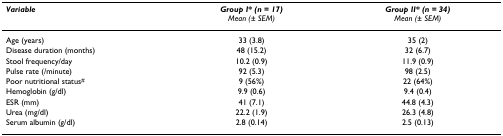
<table><thead><tr><td><b><i>Variable</i></b></td><td><b><i>Group I* (n = 17) </i><i>Mean (± SEM)</i></b></td><td><b><i>Group II* (n = 34) </i><i>Mean (± SEM)</i></b></td></tr></thead><tbody><tr><td>Age (years)</td><td>33 (3.8)</td><td>35 (2)</td></tr><tr><td>Disease duration (months)</td><td>48 (15.2)</td><td>32 (6.7)</td></tr><tr><td>Stool frequency/day</td><td>10.2 (0.9)</td><td>11.9 (0.9)</td></tr><tr><td>Pulse rate (/minute)</td><td>92 (5.3)</td><td>98 (2.5)</td></tr><tr><td>Poor nutritional status<sup>#</sup></td><td>9 (56%)</td><td>22 (64%)</td></tr><tr><td>Hemoglobin (g/dl)</td><td>9.9 (0.6)</td><td>9.4 (0.4)</td></tr><tr><td>ESR (mm)</td><td>41 (7.1)</td><td>44.8 (4.3)</td></tr><tr><td>Urea (mg/dl)</td><td>22.2 (1.9)</td><td>26.3 (4.8)</td></tr><tr><td>Serum albumin (g/dl)</td><td>2.8 (0.14)</td><td>2.5 (0.13)</td></tr></tbody></table>